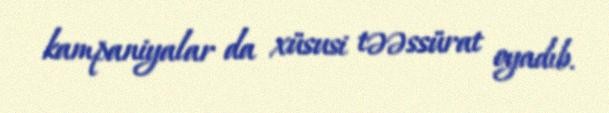
kampaniyalar da xüsusi təəssürat oyadıb.